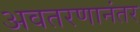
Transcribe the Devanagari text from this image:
अवतरणानंतर